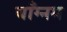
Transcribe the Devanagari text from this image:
याँग्नम